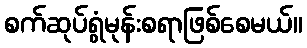
စက်ဆုပ်ရွံမုန်းစရာဖြစ်စေမယ်။